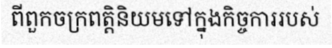
ពីពួកចក្រពត្តិនិយមទៅក្នុងកិច្ចការរបស់